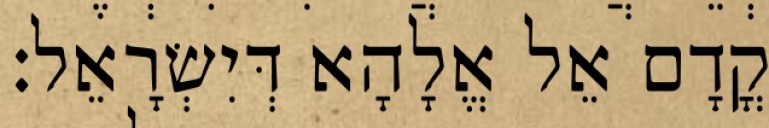
קֳדָם אֵל אֱלָהָא דְּיִשְׂרָאֵל׃